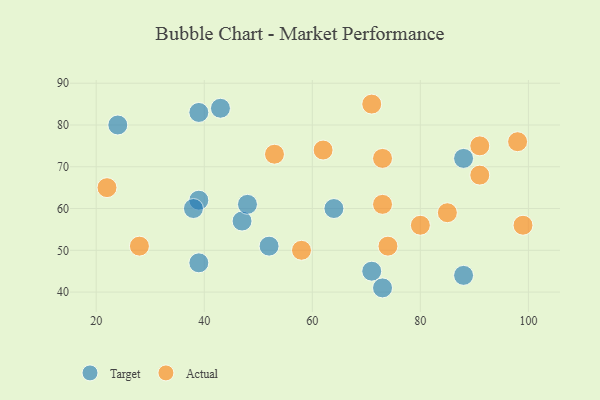
{"axis": {"x": "GDP", "y": "Life Expectancy"}, "legend": ["Actual", "Target"], "data": [{"x": "39", "y": 83, "type": "Target"}, {"x": "24", "y": 80, "type": "Target"}, {"x": "64", "y": 60, "type": "Target"}, {"x": "71", "y": 45, "type": "Target"}, {"x": "88", "y": 72, "type": "Target"}, {"x": "73", "y": 41, "type": "Target"}, {"x": "52", "y": 51, "type": "Target"}, {"x": "47", "y": 57, "type": "Target"}, {"x": "39", "y": 47, "type": "Target"}, {"x": "88", "y": 44, "type": "Target"}, {"x": "39", "y": 62, "type": "Target"}, {"x": "43", "y": 84, "type": "Target"}, {"x": "38", "y": 60, "type": "Target"}, {"x": "48", "y": 61, "type": "Target"}, {"x": "73", "y": 61, "type": "Actual"}, {"x": "91", "y": 75, "type": "Actual"}, {"x": "58", "y": 50, "type": "Actual"}, {"x": "74", "y": 51, "type": "Actual"}, {"x": "53", "y": 73, "type": "Actual"}, {"x": "91", "y": 68, "type": "Actual"}, {"x": "85", "y": 59, "type": "Actual"}, {"x": "28", "y": 51, "type": "Actual"}, {"x": "99", "y": 56, "type": "Actual"}, {"x": "73", "y": 72, "type": "Actual"}, {"x": "71", "y": 85, "type": "Actual"}, {"x": "98", "y": 76, "type": "Actual"}, {"x": "22", "y": 65, "type": "Actual"}, {"x": "62", "y": 74, "type": "Actual"}, {"x": "80", "y": 56, "type": "Actual"}]}